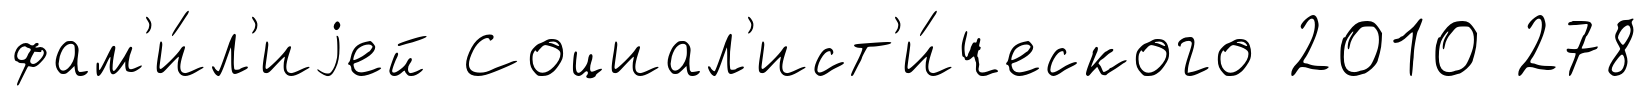
фам'и́л'иjей Социал'ист'и́ческого 2010 278